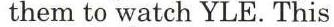
them to watch YLE. This